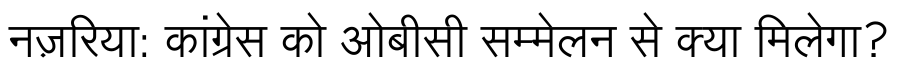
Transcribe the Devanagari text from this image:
नज़रिया: कांग्रेस को ओबीसी सम्मेलन से क्या मिलेगा?